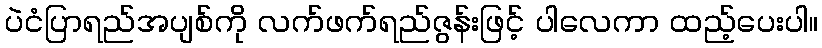
ပဲငံပြာရည်အပျစ်ကို လက်ဖက်ရည်ဇွန်းဖြင့် ပါလေကာ ထည့်ပေးပါ။